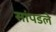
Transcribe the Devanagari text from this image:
सांपडले